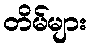
တိမ်များ